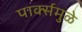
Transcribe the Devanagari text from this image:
पार्क्समुळे